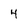
Character: 4